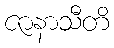
ဇာနာသီတိ